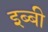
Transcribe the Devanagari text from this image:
इब्बी